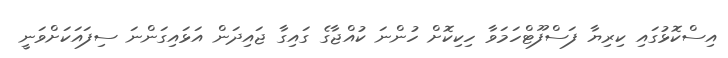
އިސްކޮޅުގައި ކިރިޔާ ފަސްފޫޓްހަމަވާ ހިކިކޮށް ހުންނަ ކުއްޖާގެ ގައިގާ ޖައިދަން އަޅައިގަންނަ ސިފައަކަށްވަނީ